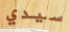
سيدي